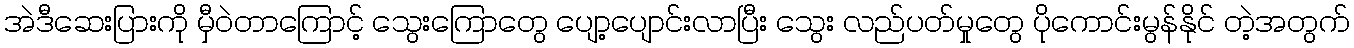
အဲဒီဆေးပြားကို မှီဝဲတာကြောင့် သွေးကြောတွေ ပျော့ပျောင်းလာပြီး သွေး လည်ပတ်မှုတွေ ပိုကောင်းမွန်နိုင် တဲ့အတွက်